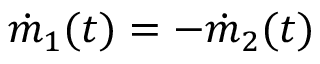
\dot { m } _ { 1 } ( t ) = - \dot { m } _ { 2 } ( t )